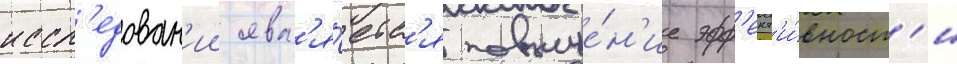
иссл'едован'ии явл'я́етс'я повыше́н'ие эфф'ект'и́вност'и